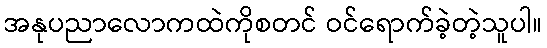
အနုပညာလောကထဲကိုစတင် ဝင်ရောက်ခဲ့တဲ့သူပါ။